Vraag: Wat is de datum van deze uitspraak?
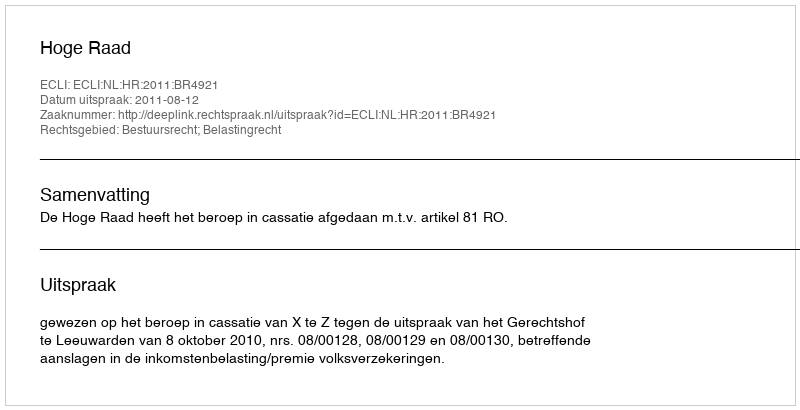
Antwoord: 2011-08-12